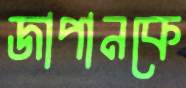
জাপানকে